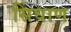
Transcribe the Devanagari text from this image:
सिंघाण